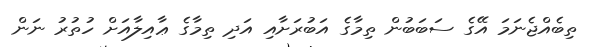
ތިބެއްޖެނަމަ އޭގެ ސަބަބުން ތިމާގެ އަބުރަށާއި އަދި ތިމާގެ ޢާއިލާއަށް ހުތުރު ނަން